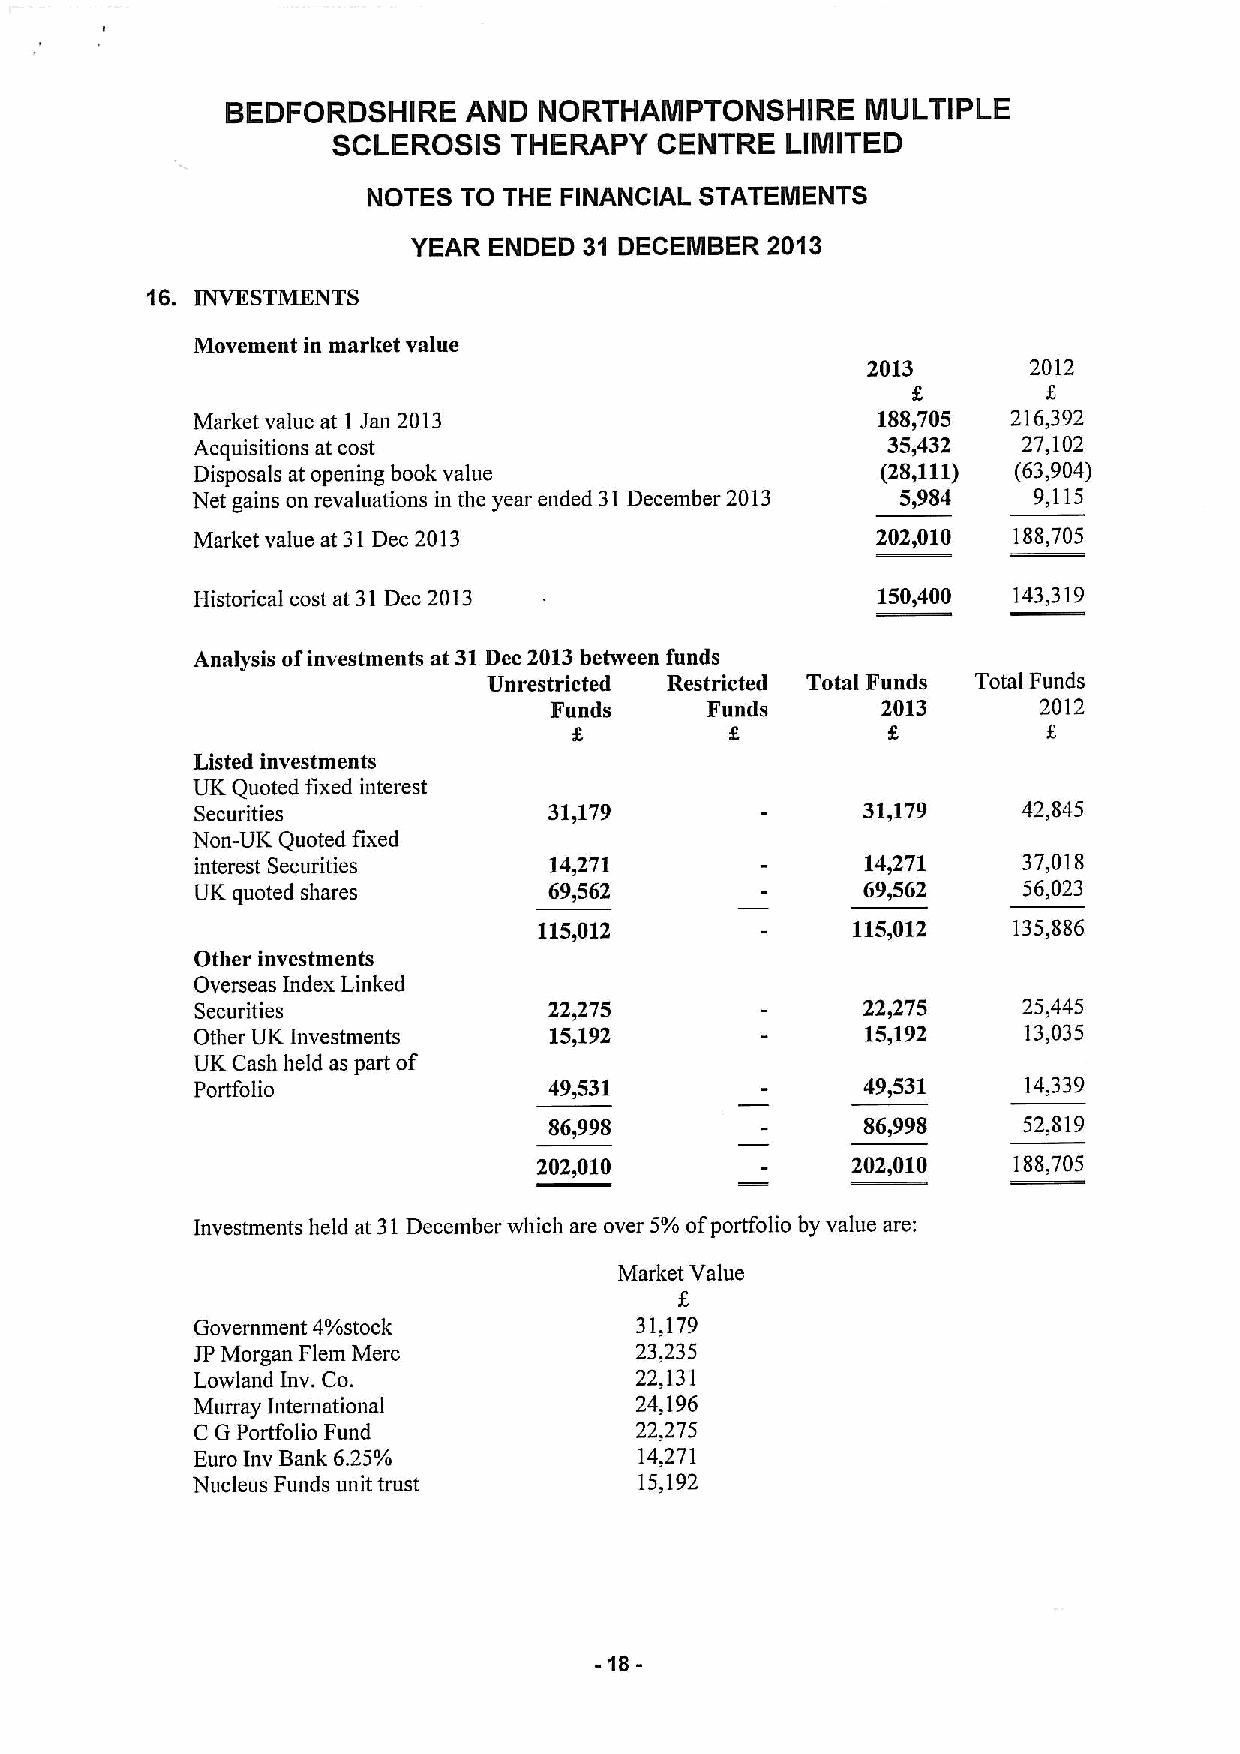
BEDFORDSHIRE    AND  NORTHAMPTONSHIRE     MULTIPLE
 SCLEROSIS   THERAPY  CENTRE   LIMITED
 NOTES TO THE FINANCIAL STATEMENTS
 YEAR ENDED  31 DECEMBER 2013
 16. INVKSTMKNTS
 Movement in market value
 2013       2012
 f,
 Market value at I Jan 2013                   188,705  216,392
 Acquisitions at cost                          35,432   27,102
 Disposals at opening book value              (28,111) (63,904)
 Net gains on revaluations in the year ended 31December 2013 5,984 9,115
 Market value at 31Dec 2013                   2027010  188,705
 Historical cost at 31Dec 2013                150,400  143,319
 Analysis ofinvestments at 31Dec2013between funds
 Unrestricted Restricted Total Funds Total Funds
 Funds      Funds      2013       2012
 Listed investments
 UK Quoted fixed interest
 Securities             31,179               31,179     42,845
 Non-UK Quoted fixed
 interest Securities    14471                14,271     37,018
 UK quoted shares       69,562               69,562     56,023
 115,012             115,012    135,886
 Other investments
 Overseas Index Linked
 Securities             22,275               22,275     25,445
 Other UK Investments   15,192               15,192     13,035
 UK Cash held as part of
 Portfolio              49,531               49,531     14,339
 86,998               86,998     52,819
 202,010             202,010    188,705
 Investments held at 31December which are over 5%ofportfolio by value are:
 Market Value
 Government 4%stock           31,179
 JPMorgan Flem Merc           23,235
 Lowland Inv. Co.             22,131
 Murray International         24,196
 C GPortfolio Fund            22,275
 Euro Inv Bank 6.25%          14,271
 Nucleus Funds unit trust     15,192
 -18